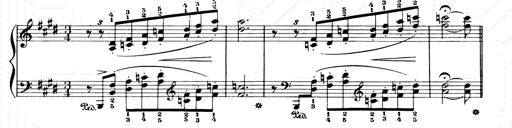
Title: Consolations and LiebestrÃ¤ume for the Piano
Composer: Franz Liszt